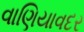
વાણિયાવદર